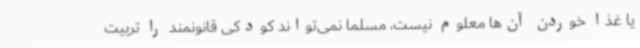
یا غذا خوردن آن‌ها معلوم نیست، مسلما نمی‌تواند کودکی قانونمند را تربیت